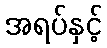
အရပ်နှင့်